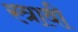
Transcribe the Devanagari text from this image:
स्त्रावी